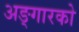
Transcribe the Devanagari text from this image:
अङ्गारको